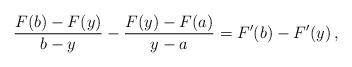
LaTeX: \begin{align*}\frac{F(b)-F(y)}{b-y}-\frac{F(y)-F(a)}{y-a}=F'(b)-F'(y)\,,\end{align*}